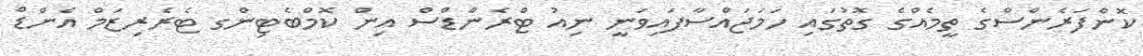
ކޮންފަރެންސްގެ ތީމެއްގެ ގޮތުގައި ހަމަޖައްސާފައިވަނީ ނިއު ޓްރެންޑްސް އިން ކޮމްބެޓިންގ ޓެރެރިޒަމް އެންޑް